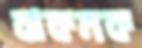
ঝকমক